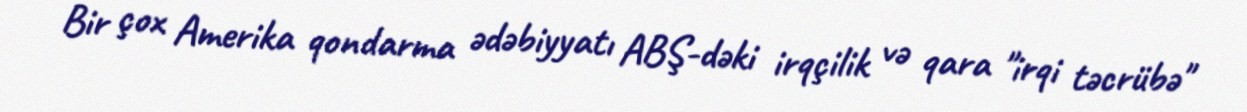
Bir çox Amerika qondarma ədəbiyyatı ABŞ-dəki irqçilik və qara "irqi təcrübə"